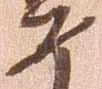
如